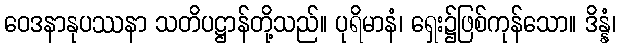
ဝေဒနာနုပဿနာ သတိပဋ္ဌာန်တို့သည်။ ပုရိမာနံ၊ ရှေး၌ဖြစ်ကုန်သော။ ဒိန္နံ၊